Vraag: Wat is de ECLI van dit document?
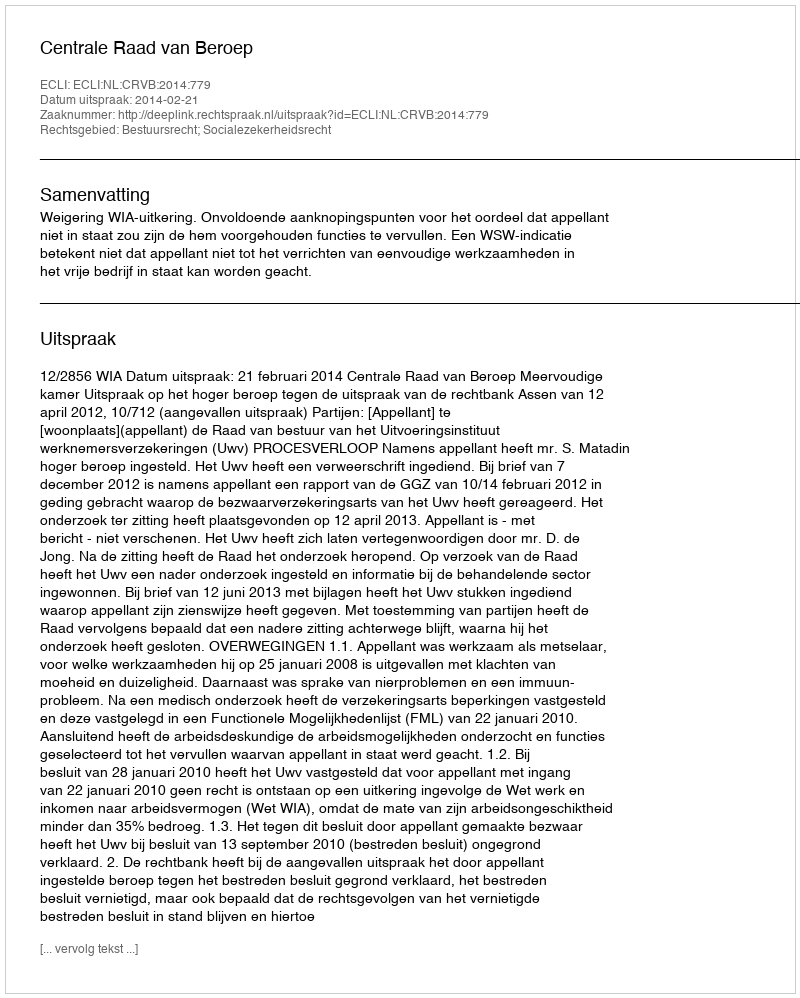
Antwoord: ECLI:NL:CRVB:2014:779